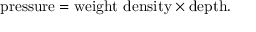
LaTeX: { \mathrm { p r e s s u r e } } = { \mathrm { w e i g h t ~ d e n s i t y } } \times { \mathrm { d e p t h } } .